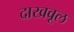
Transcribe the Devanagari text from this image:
दाखवूल